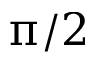
\uppi / 2